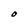
Character: O